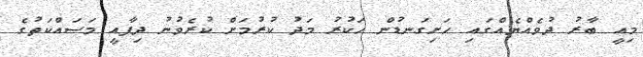
މިއީ ބާރު ދުވެއްޔެއްގައި ހަށިގަނޑުން ހަކުރު މަދު ކުރުމަށް ކުރެވުނު ދިފާއީ މަސައްކަތުގެ